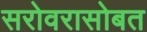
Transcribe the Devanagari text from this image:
सरोवरासोबत